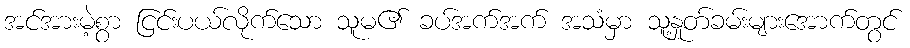
အင်အားမဲ့စွာ ငြင်းပယ်လိုက်သော သူမ၏ ခပ်အက်အက် အသံမှာ သူ့နှုတ်ခမ်းများအောက်တွင်